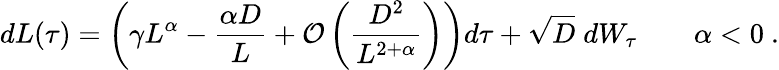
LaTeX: dL(\tau)=\left(\gamma L^{\alpha}-\frac{\alpha D}{L}+\mathcal{O}\left(\frac{D^{2}}{L^{2+\alpha}}\right)\right)d\tau+\sqrt{D}\; dW_{\tau}\qquad\alpha<0\ .